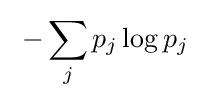
\;-\sum _{j}p_{j}\log p_{j}